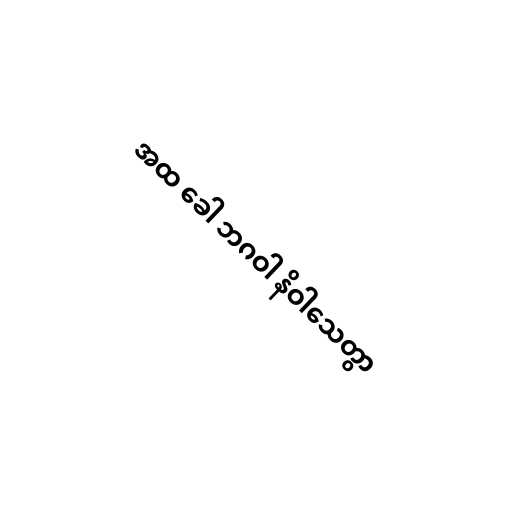
အထ ခေါ ဘဂဝါ နိဝါသေတွာ